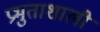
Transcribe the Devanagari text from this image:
प्रभुताशाली